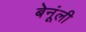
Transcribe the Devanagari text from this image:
बेनूंली